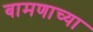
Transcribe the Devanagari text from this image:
बामणाच्या